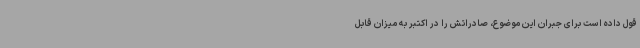
قول داده است برای جبران این موضوع، صادراتش را در اکتبر به میزان قابل